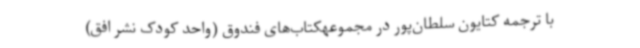
با ترجمه کتایون سلطان‌پور در مجموعهکتاب‌های فندوق (واحد کودک نشر افق)